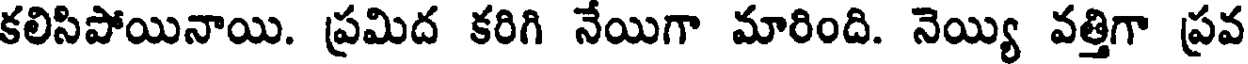
కలిసిపోయినాయి. ప్రమిద కరిగి నేయిగా మారింది. నెయ్యి వత్తిగా ప్రవ